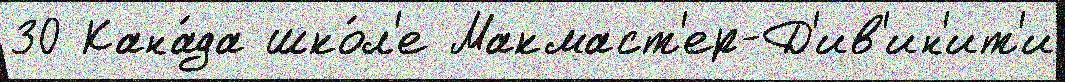
30 Кана́да шко́л'е Макмаст'ер-Д'ив'ин'ит'и